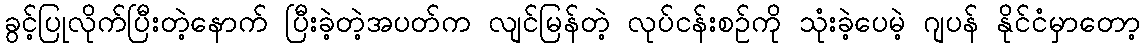
ခွင့်ပြုလိုက်ပြီးတဲ့နောက် ပြီးခဲ့တဲ့အပတ်က လျင်မြန်တဲ့ လုပ်ငန်းစဉ်ကို သုံးခဲ့ပေမဲ့ ဂျပန် နိုင်ငံမှာတော့